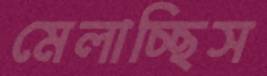
মেলাচ্ছিস